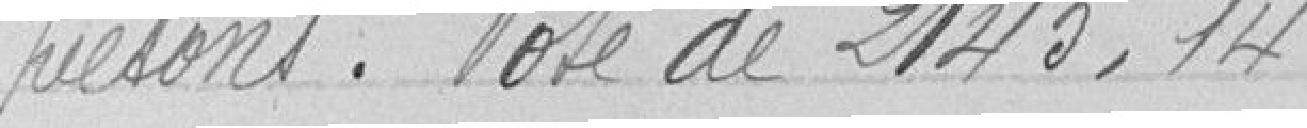
piétons. Vote de 2145,14